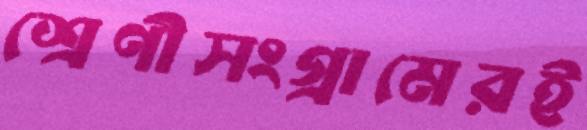
শ্রেণীসংগ্রামেরই